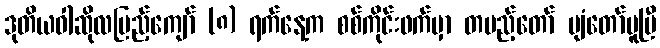
ဒုတိယဝါဆိုလပြည့်ကျော် (၈) ရက်နေ့က စစ်ကိုင်းဖက်မှာ တပည့်တော် ပျံတော်မူပြီ